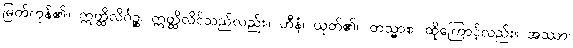
မြတ်ကုန်၏။ ဣတ္ထိလိင်္ဂဉ္စ၊ ဣတ္ထိလိင်သည်လည်း။ ဟီနံ၊ ယုတ်၏။ တသ္မာစ၊ ထိုကြောင့်လည်း။ အဿာ၊